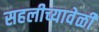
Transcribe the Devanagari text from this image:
सहलीच्यावेळी